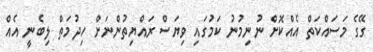
ގޭގެ މަސައްކަތް އެއްކޮށް ނުނިމުނު ކަމުގައި ވިޔަސް ރައްޔިތުންނަށް ހިދުމަތް ލިބެނީ އެއް